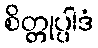
စိတ္တုပ္ပါဒံ